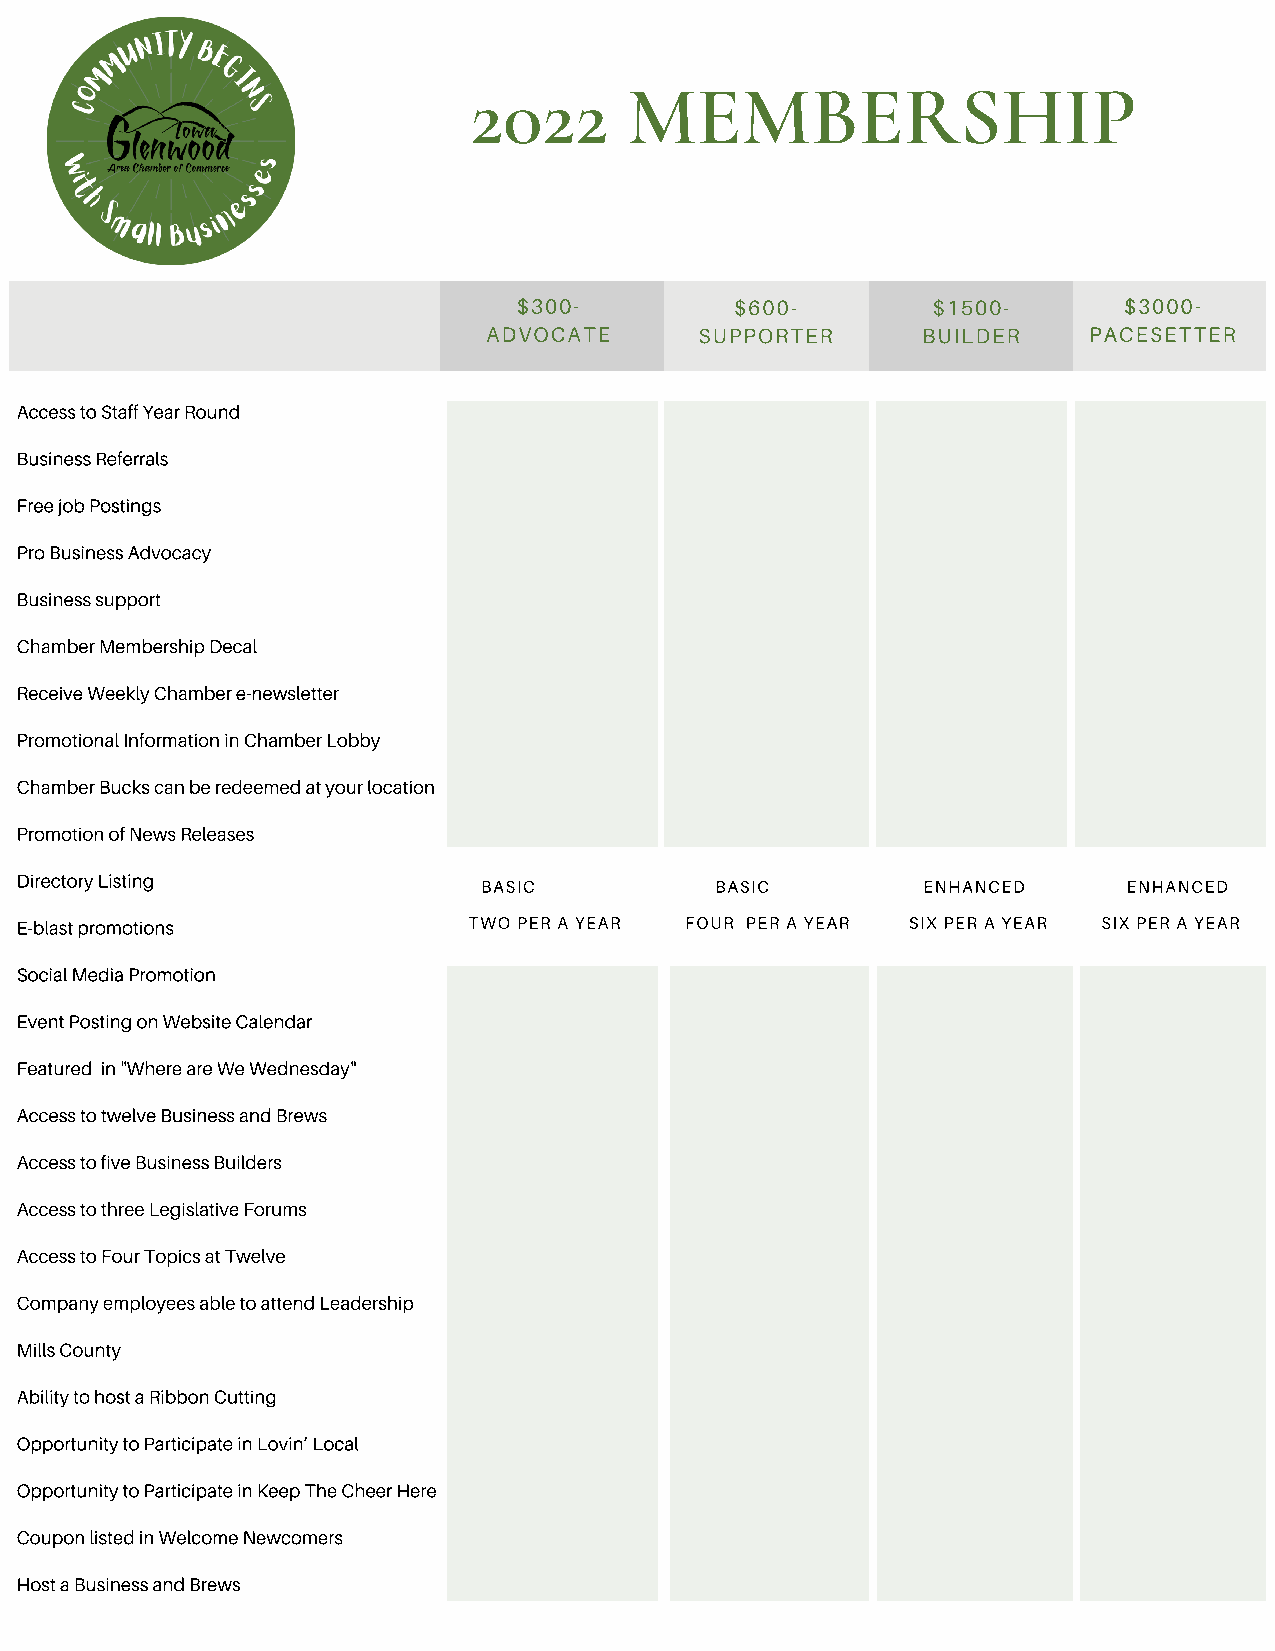
2022       MEMBERSHIP
 $300-          $600-        $1500-      $3000-
 ADVOCATE      SUPPORTER      BUILDER    PACESETTER
 Access to Staff Year Round
 Business Referrals
 Free job Postings
 Pro Business Advocacy
 Business support
 Chamber Membership Decal
 Receive Weekly Chamber e-newsletter
 Promotional Information in Chamber Lobby
 Chamber Bucks can be redeemed at your location
 Promotion of News Releases
 Directory Listing
 BASIC          BASIC         ENHANCED      ENHANCED
 E-blast promotions            TWO PER A YEAR FOUR PER A YEAR SIX PER A YEAR SIX PER A YEAR
 Social Media Promotion
 Event Posting on Website Calendar
 Featured in "Where are We Wednesday"
 Access to twelve Business and Brews
 Access to five Business Builders
 Access to three Legislative Forums
 Access to Four Topics at Twelve
 Company employees able to attend Leadership
 Mills County
 Ability to host a Ribbon Cutting
 Opportunity to Participate in Lovin’ Local
 Opportunity to Participate in Keep The Cheer Here
 Coupon listed in Welcome Newcomers
 Host a Business and Brews